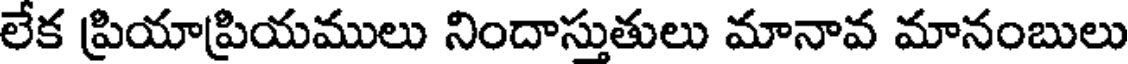
లేక ప్రియాప్రియములు నిందాస్తుతులు మానావ మానంబులు